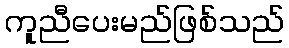
ကူညီပေးမည်ဖြစ်သည်